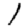
Digit: 1